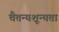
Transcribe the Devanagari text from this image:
चैतन्यशून्यता